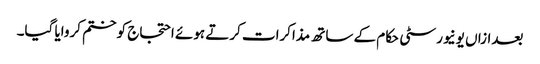
بعدازاں یونیورسٹی حکام کے ساتھ مذاکرات کرتے ہوئے احتجاج کو ختم کروایا گیا۔